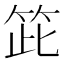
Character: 𥬳